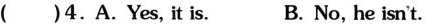
( )4.A.Yes, it is. B. No, he isn't.